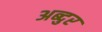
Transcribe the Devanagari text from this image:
अब्‍दुर